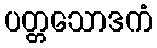
ပတ္တသောဒကံ